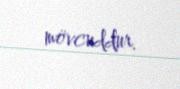
mövcuddur.